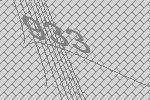
933